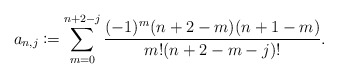
\begin{align*} a_{n,j}\coloneqq\sum_{m=0}^{n+2-j}\frac{(-1)^m(n+2-m)(n+1-m)}{m!(n+2-m-j)!}.\end{align*}